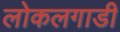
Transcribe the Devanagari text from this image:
लोकलगाडी